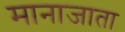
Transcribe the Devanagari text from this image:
मानाजाता